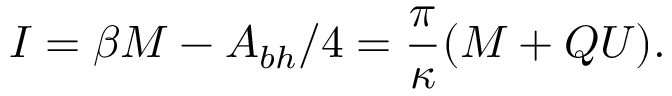
I = \beta M - { \cal A } _ { b h } / 4 = \frac { \pi } { \kappa } ( M + Q U ) .